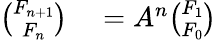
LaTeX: \begin{array}{rl}{{\binom{F_{n+1}}{F_{n}}}}&{{}=A^{n}{\binom{F_{1}}{F_{0}}}}\end{array}